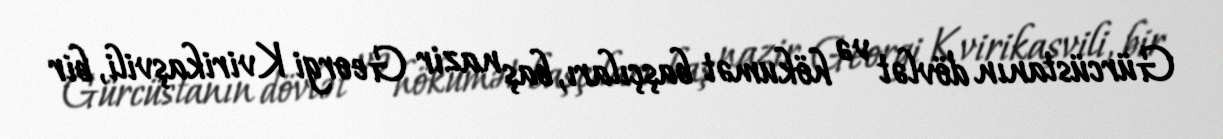
Gürcüstanın dövlət və hökumət başçıları, baş nazir Georgi Kvirikaşvili, bir